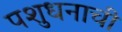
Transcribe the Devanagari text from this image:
पशुधनाची